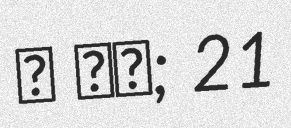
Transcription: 頼 山陽; 21